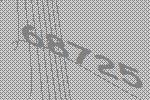
68725